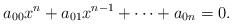
LaTeX: \begin{align*}a_{00}x^n+a_{01}x^{n-1}+\dots+a_{0n}=0.\end{align*}